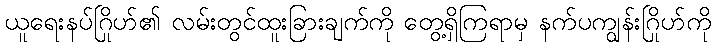
ယူရေးနပ်ဂြိုဟ်၏ လမ်းတွင်ထူးခြားချက်ကို တွေ့ရှိကြရာမှ နက်ပကျွန်းဂြိုဟ်ကို